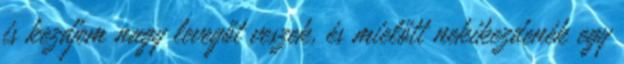
is kezdjem nagy levegőt veszek, és mielőtt nekikezdenék egy